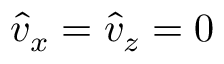
\hat { v } _ { x } = \hat { v } _ { z } = 0